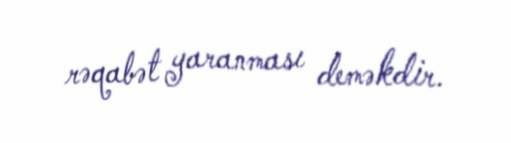
rəqabət yaranması deməkdir.